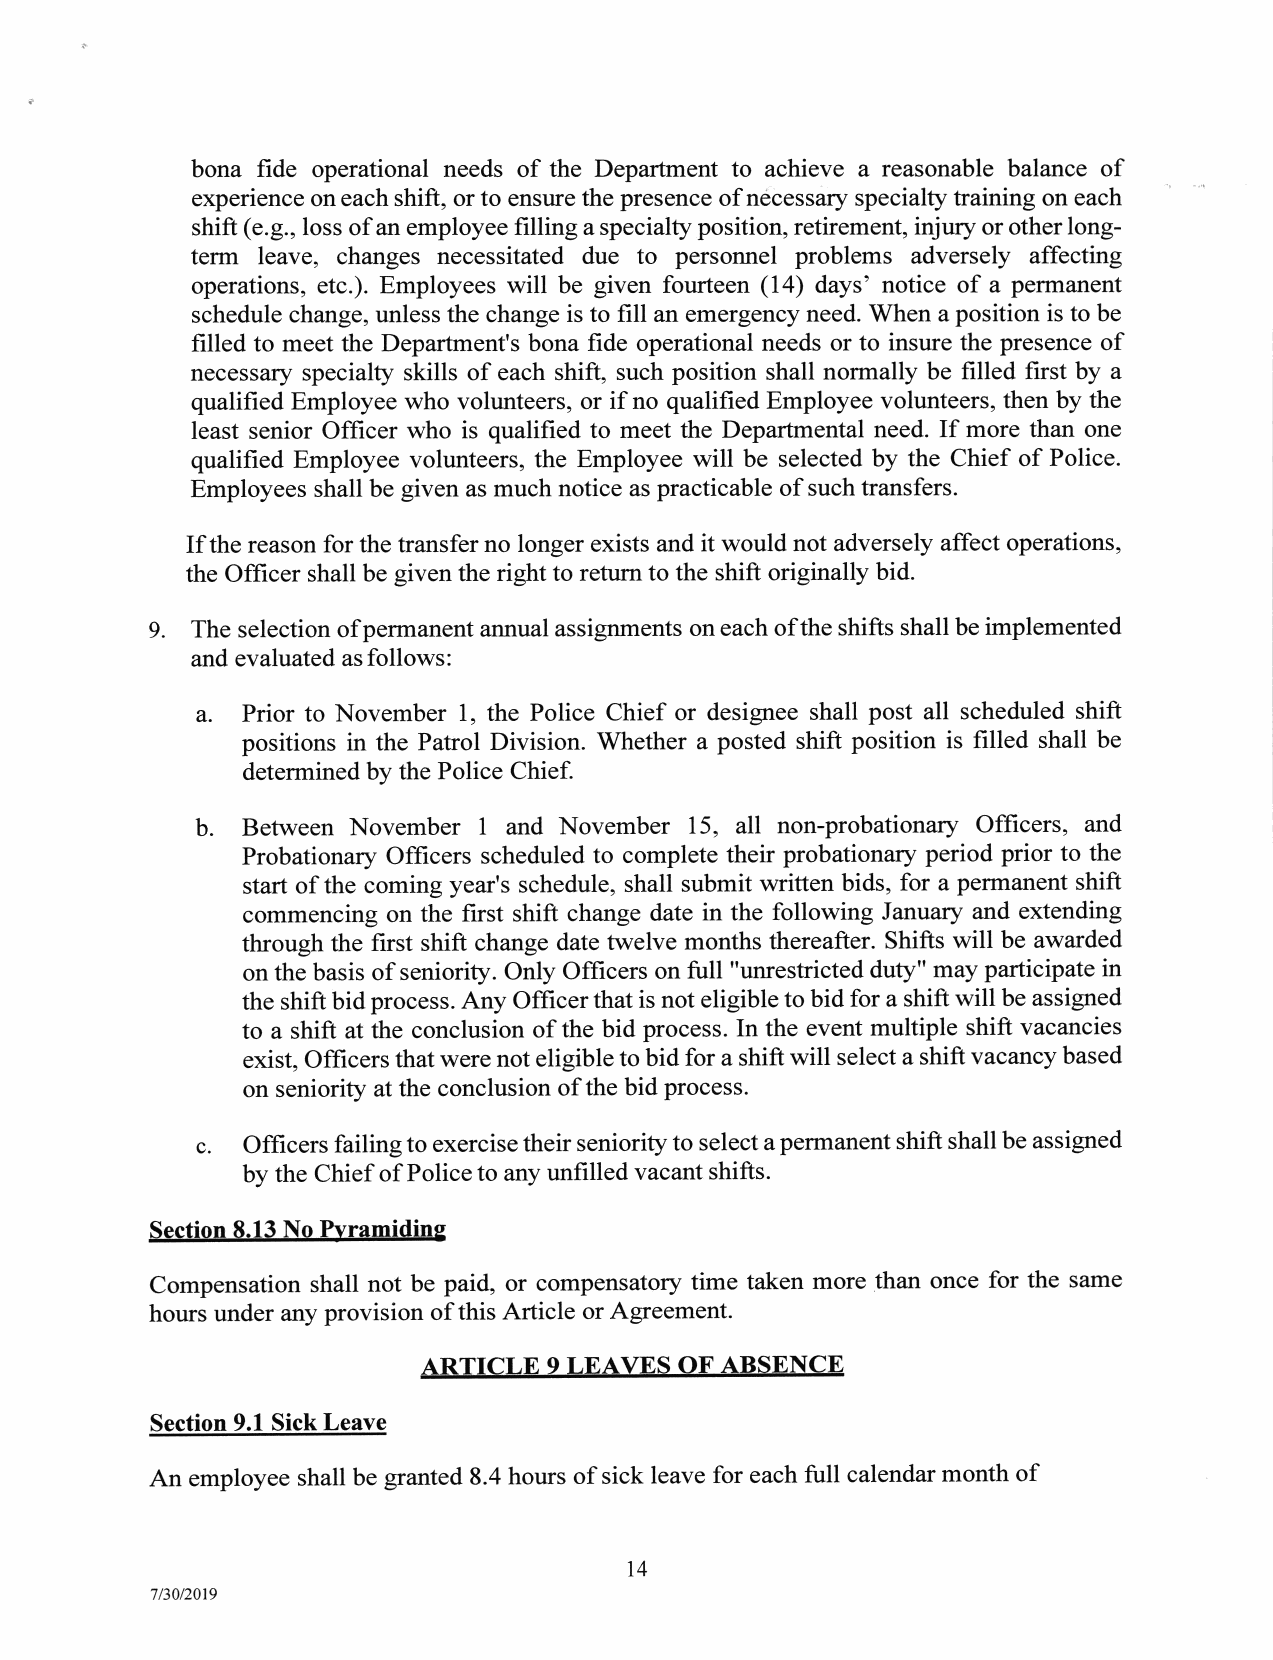
bona fide operational needs of the Department to achieve a reasonable balance of
 experience on each shift, or to ensure the presence of necessary specialty training on each
 shift (e.g., loss of an employee filling a specialty position, retirement, injury or other long-
 term leave, changes necessitated due to personnel problems adversely affecting
 operations, etc.). Employees will be given fourteen (14) days' notice of a permanent
 schedule change, unless the change is to fill an emergency need. When a position is to be
 filled to meet the Department's bona fide operational needs or to insure the presence of
 necessary specialty skills of each shift, such position shall normally be filled first by a
 qualified Employee who volunteers, or if no qualified Employee volunteers, then by the
 least senior Officer who is qualified to meet the Departmental need. If more than one
 qualified Employee volunteers, the Employee will be selected by the Chief of Police.
 Employees shall be given as much notice as practicable of such transfers.
 If the reason for the transfer no longer exists and it would not adversely affect operations,
 the Officer shall be given the right to return to the shift originally bid.
 9. The selection ofpermanent annual assignments on each ofthe shifts shall be implemented
 and evaluated as follows:
 a. Prior to November 1, the Police Chief or designee shall post all scheduled shift
 positions in the Patrol Division. Whether a posted shift position is filled shall be
 determined by the Police Chief.
 b. Between November I and November 15, all non-probationary Officers, and
 Probationary Officers scheduled to complete their probationary period prior to the
 start of the coming year's schedule, shall submit written bids, for a permanent shift
 commencing on the first shift change date in the following January and extending
 through the first shift change date twelve months thereafter. Shifts will be awarded
 on the basis of seniority. Only Officers on full "unrestricted duty" may participate in
 the shift bid process. Any Officer that is not eligible to bid for a shift will be assigned
 to a shift at the conclusion of the bid process. In the event multiple shift vacancies
 exist, Officers that were not eligible to bid for a shift will select a shift vacancy based
 on seniority at the conclusion of the bid process.
 c. Officers failing to exercise their seniority to select a pennanent shift shall be assigned
 by the Chief of Police to any unfilled vacant shifts.
 Section 8.13 No P.vramidinq
 Compensation shall not be paid, or compensatory time taken more than once for the same
 hours under any provision of this Article or Agreement.
 ARTICLE 9 LEAVES OF ABSENCE
 Section 9.1 Sick Leave
 An employee shall be granted 8.4 hours of sick leave for each full calendar month of
 14
 7/30/2019